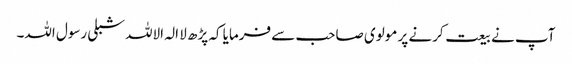
آپ نے بیعت کرنے پر مولوی صاحب سے فرمایا کہ پڑھ لا الہ الاللہ شبلی رسول اللہ۔